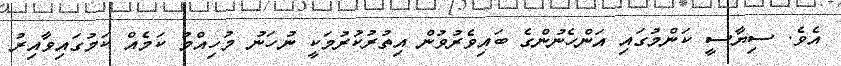
އެވެ. ސިޔާސީ ކަންމުގައި އަންހެނުންގެ ބައިވެރުވުން އިތުރުކުރުމަކީ ނުހަނު މުހިއްމު ކަމެއް ކަމުގައިވާއިރު